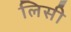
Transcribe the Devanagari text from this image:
लिसी